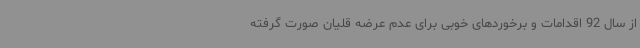
از سال 92 اقدامات و برخوردهای خوبی برای عدم عرضه قلیان صورت گرفته